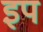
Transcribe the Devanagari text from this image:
इप